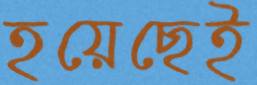
হয়েছেই